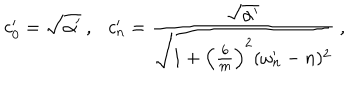
c _ { 0 } ^ { \prime } = \sqrt { \alpha ^ { \prime } } ~ , c _ { n } ^ { \prime } = \frac { \sqrt { \alpha ^ { \prime } } } { \sqrt { 1 + \left( \frac { 6 } { m } \right) ^ { 2 } ( \omega _ { n } ^ { \prime } - n ) ^ { 2 } } } ~ ,